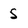
Character: 5